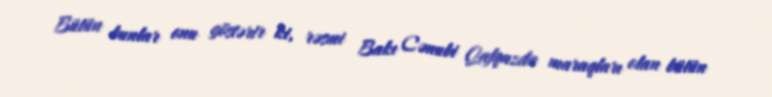
Bütün bunlar onu göstərir ki, rəsmi Bakı Cənubi Qafqazda maraqları olan bütün